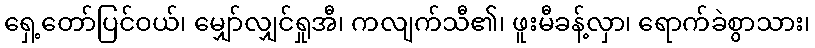
ရှေ့တော်ပြင်ဝယ်၊ မျှော်လျှင်ရှုအီ၊ ကလျက်သီ၏၊ ဖူးမီခန့်လှာ၊ ရောက်ခဲစွာသား၊